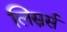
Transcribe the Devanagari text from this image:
लिस्नर्स